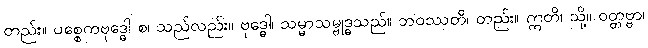
တည်း။ ပစ္စေကဗုဒ္ဓေါ စ၊ သည်လည်း။ ဗုဒ္ဓေါ၊ သမ္မာသမ္ဗုဒ္ဓသည်။ ဘဝဿတိ၊ တည်း။ ဣတိ၊ သို့။ ဝတ္တဗ္ဗာ၊